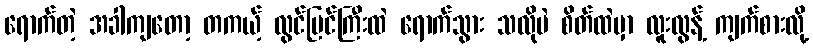
ရောက်တဲ့ အခါကျတော့ တကယ့် လွင်ပြင်ကြီးထဲ ရောက်သွား သလိုပဲ စိတ်ထဲမှာ လူးလွန့် ကျက်စားလို့